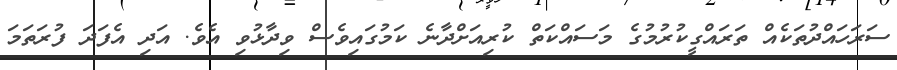
ސަރަހައްދުތަކެއް ތަރައްގީކުރުމުގެ މަސައްކަތް ކުރިއަށްދާނެ ކަމުގައިވެސް ވިދާޅުވި އެވެ. އަދި އެފަދަ ފުރަތަމަ